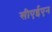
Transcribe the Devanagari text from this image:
सीएईएन